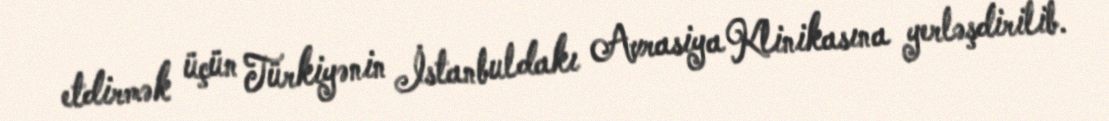
etdirmək üçün Türkiyənin İstanbuldakı Avrasiya Klinikasına yerləşdirilib.